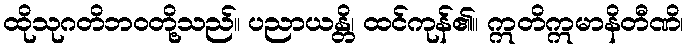
ထိုသုဂတိဘဝတို့သည်။ ပညာယန္တိ၊ ထင်ကုန်၏။ ဣတိဣမာနိတီဏိ၊